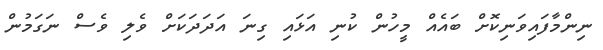
ނިންމާފައިވަނިކޮށް ބައެއް މީހުން ކުނި އަޅައި ގިނަ އަދަދަކަށް ވެލި ވެސް ނަގަމުން